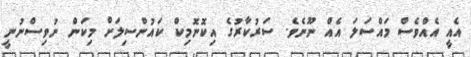
އެއީ އެއްވެސް މައްސަލަ އެެއް ނޫނެވެ. ސަރުކާރުގެ އިކޮނޮމިކް ކައުންސިލަށް މިކަން ނުވިސްނުނީ